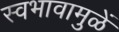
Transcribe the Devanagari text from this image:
स्वभावामुळें